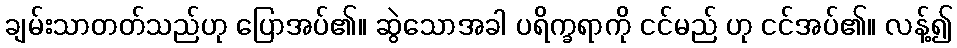
ချမ်းသာတတ်သည်ဟု ပြောအပ်၏။ ဆွဲသောအခါ ပရိက္ခရာကို ငင်မည် ဟု ငင်အပ်၏။ လန့်၍